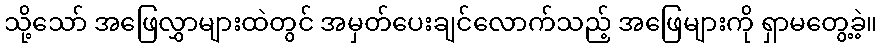
သို့သော် အဖြေလွှာများထဲတွင် အမှတ်ပေးချင်လောက်သည့် အဖြေများကို ရှာမတွေ့ခဲ့။